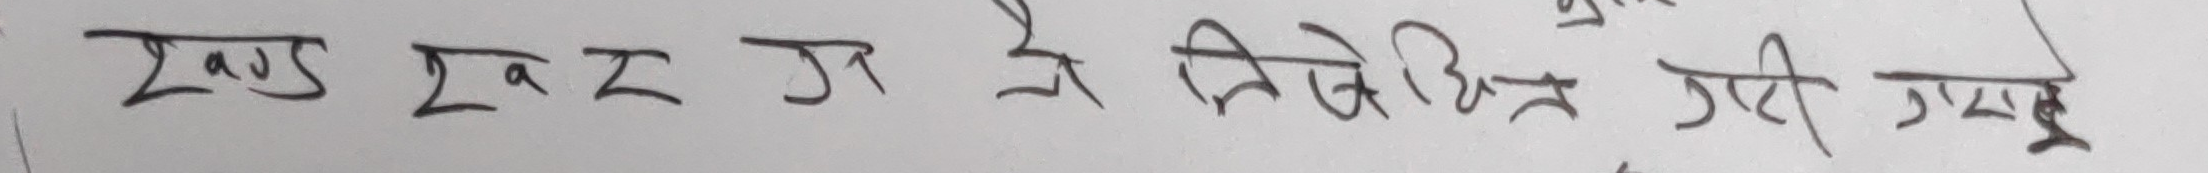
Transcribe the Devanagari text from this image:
एक एक तह में बिलेपित गरी गयो